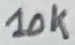
Text: 10K